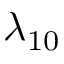
\lambda _ { 1 0 }